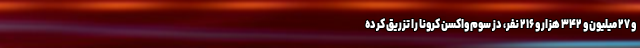
و ۲۷ میلیون و ۳۴۲ هزار و ۲۱۶ نفر، دُز سوم واکسن کرونا را تزریق کرده